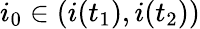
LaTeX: i_{0}\in(i(t_{1}),i(t_{2}))